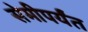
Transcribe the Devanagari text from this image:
सेमीपर्यंत